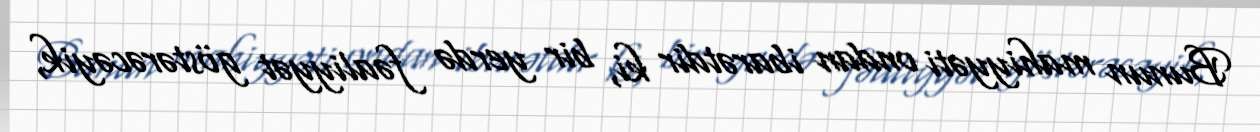
Bunun mahiyyəti ondan ibarətdir ki, bir yerdə fəaliyyət göstərəcəyik,